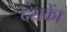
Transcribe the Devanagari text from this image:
दशकाें